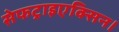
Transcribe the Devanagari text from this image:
सेफट्राइएक्सिन।